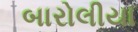
બારોલીયા